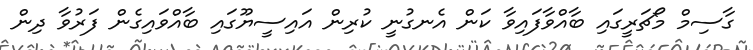
ގާސިމް މޯޗަރީގައި ބާއްވާފައިވާ ކަން އެނގުނީ ކުރިން އައިސީޔޫގައި ބާއްވައިގެން ފަރުވާ ދިން